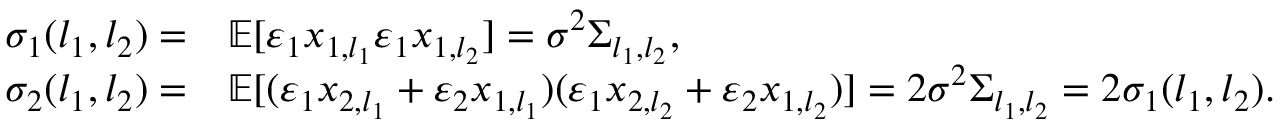
\begin{array} { r l } { \sigma _ { 1 } ( l _ { 1 } , l _ { 2 } ) = } & { \mathbb { E } [ \varepsilon _ { 1 } x _ { 1 , l _ { 1 } } \varepsilon _ { 1 } x _ { 1 , l _ { 2 } } ] = \sigma ^ { 2 } \Sigma _ { l _ { 1 } , l _ { 2 } } , } \\ { \sigma _ { 2 } ( l _ { 1 } , l _ { 2 } ) = } & { \mathbb { E } [ ( \varepsilon _ { 1 } x _ { 2 , l _ { 1 } } + \varepsilon _ { 2 } x _ { 1 , l _ { 1 } } ) ( \varepsilon _ { 1 } x _ { 2 , l _ { 2 } } + \varepsilon _ { 2 } x _ { 1 , l _ { 2 } } ) ] = 2 \sigma ^ { 2 } \Sigma _ { l _ { 1 } , l _ { 2 } } = 2 \sigma _ { 1 } ( l _ { 1 } , l _ { 2 } ) . } \end{array}